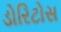
ડોરિટોસ